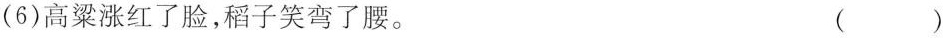
(6)高粱涨红了脸，稻子笑弯了腰。 ()